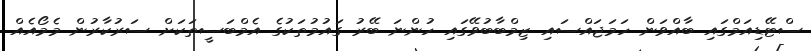
ސްޓޭޑިއަމްގައި ބާއްވަން ހަމަޖައްސައި ޒިމްބާބުވޭގައި ހުންނަ ބޭރު ގައުމުތަކުގެ އެމްބަސީތަކަށް ސަރުކާރުން މެމޯއެއް